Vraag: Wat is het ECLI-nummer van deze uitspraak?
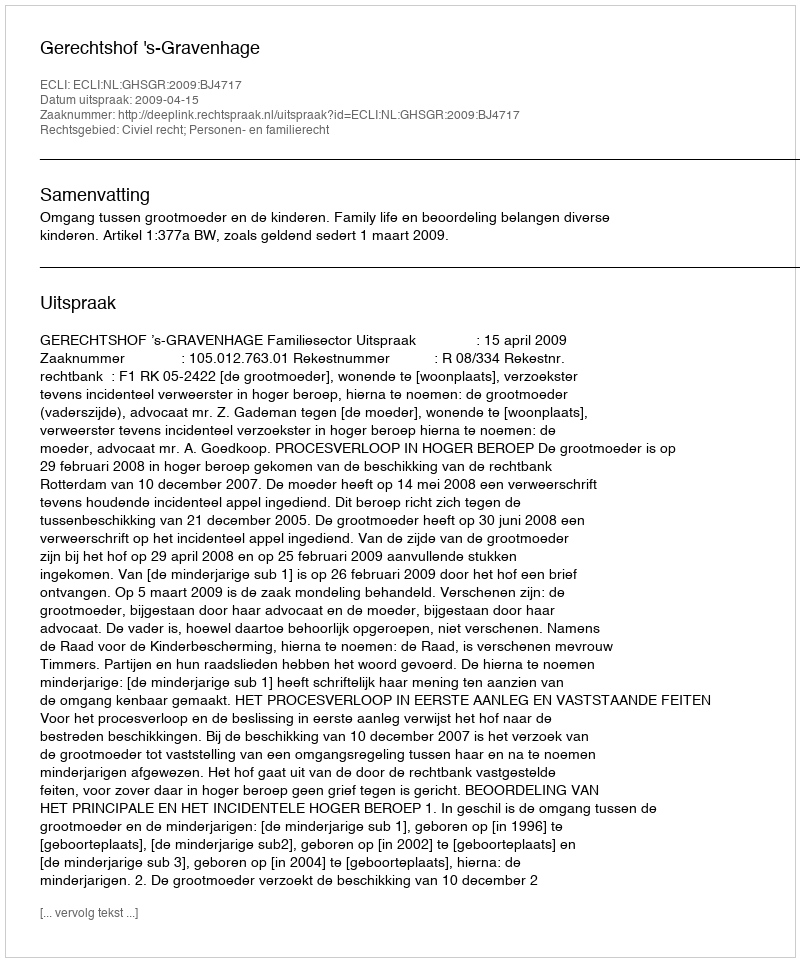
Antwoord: ECLI:NL:GHSGR:2009:BJ4717